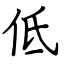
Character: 低